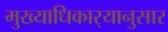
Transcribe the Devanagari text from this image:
मुख्याधिकार्‍यानुसार